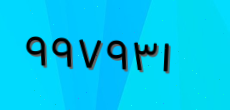
٩٩٧٩٣١